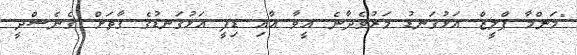
"މަންމާ ޕްލީޒް އަޅުގަނޑު މަރުވެދާނެ އީވާ އާއި ޑިފީ އަޅުގަނޑުގެ ގާތަށް ގެނެސްދީ